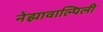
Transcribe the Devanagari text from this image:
नेझावाल्पिली